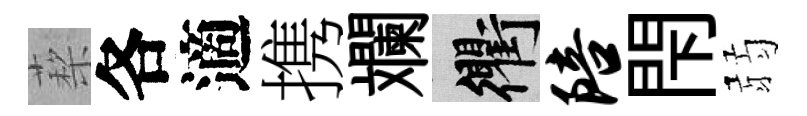
蔾各適携斕衢陪閇弱